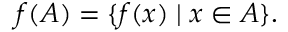
f ( A ) = \{ f ( x ) \mid x \in A \} .